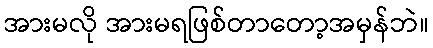
အားမလို အားမရဖြစ်တာတော့အမှန်ဘဲ။